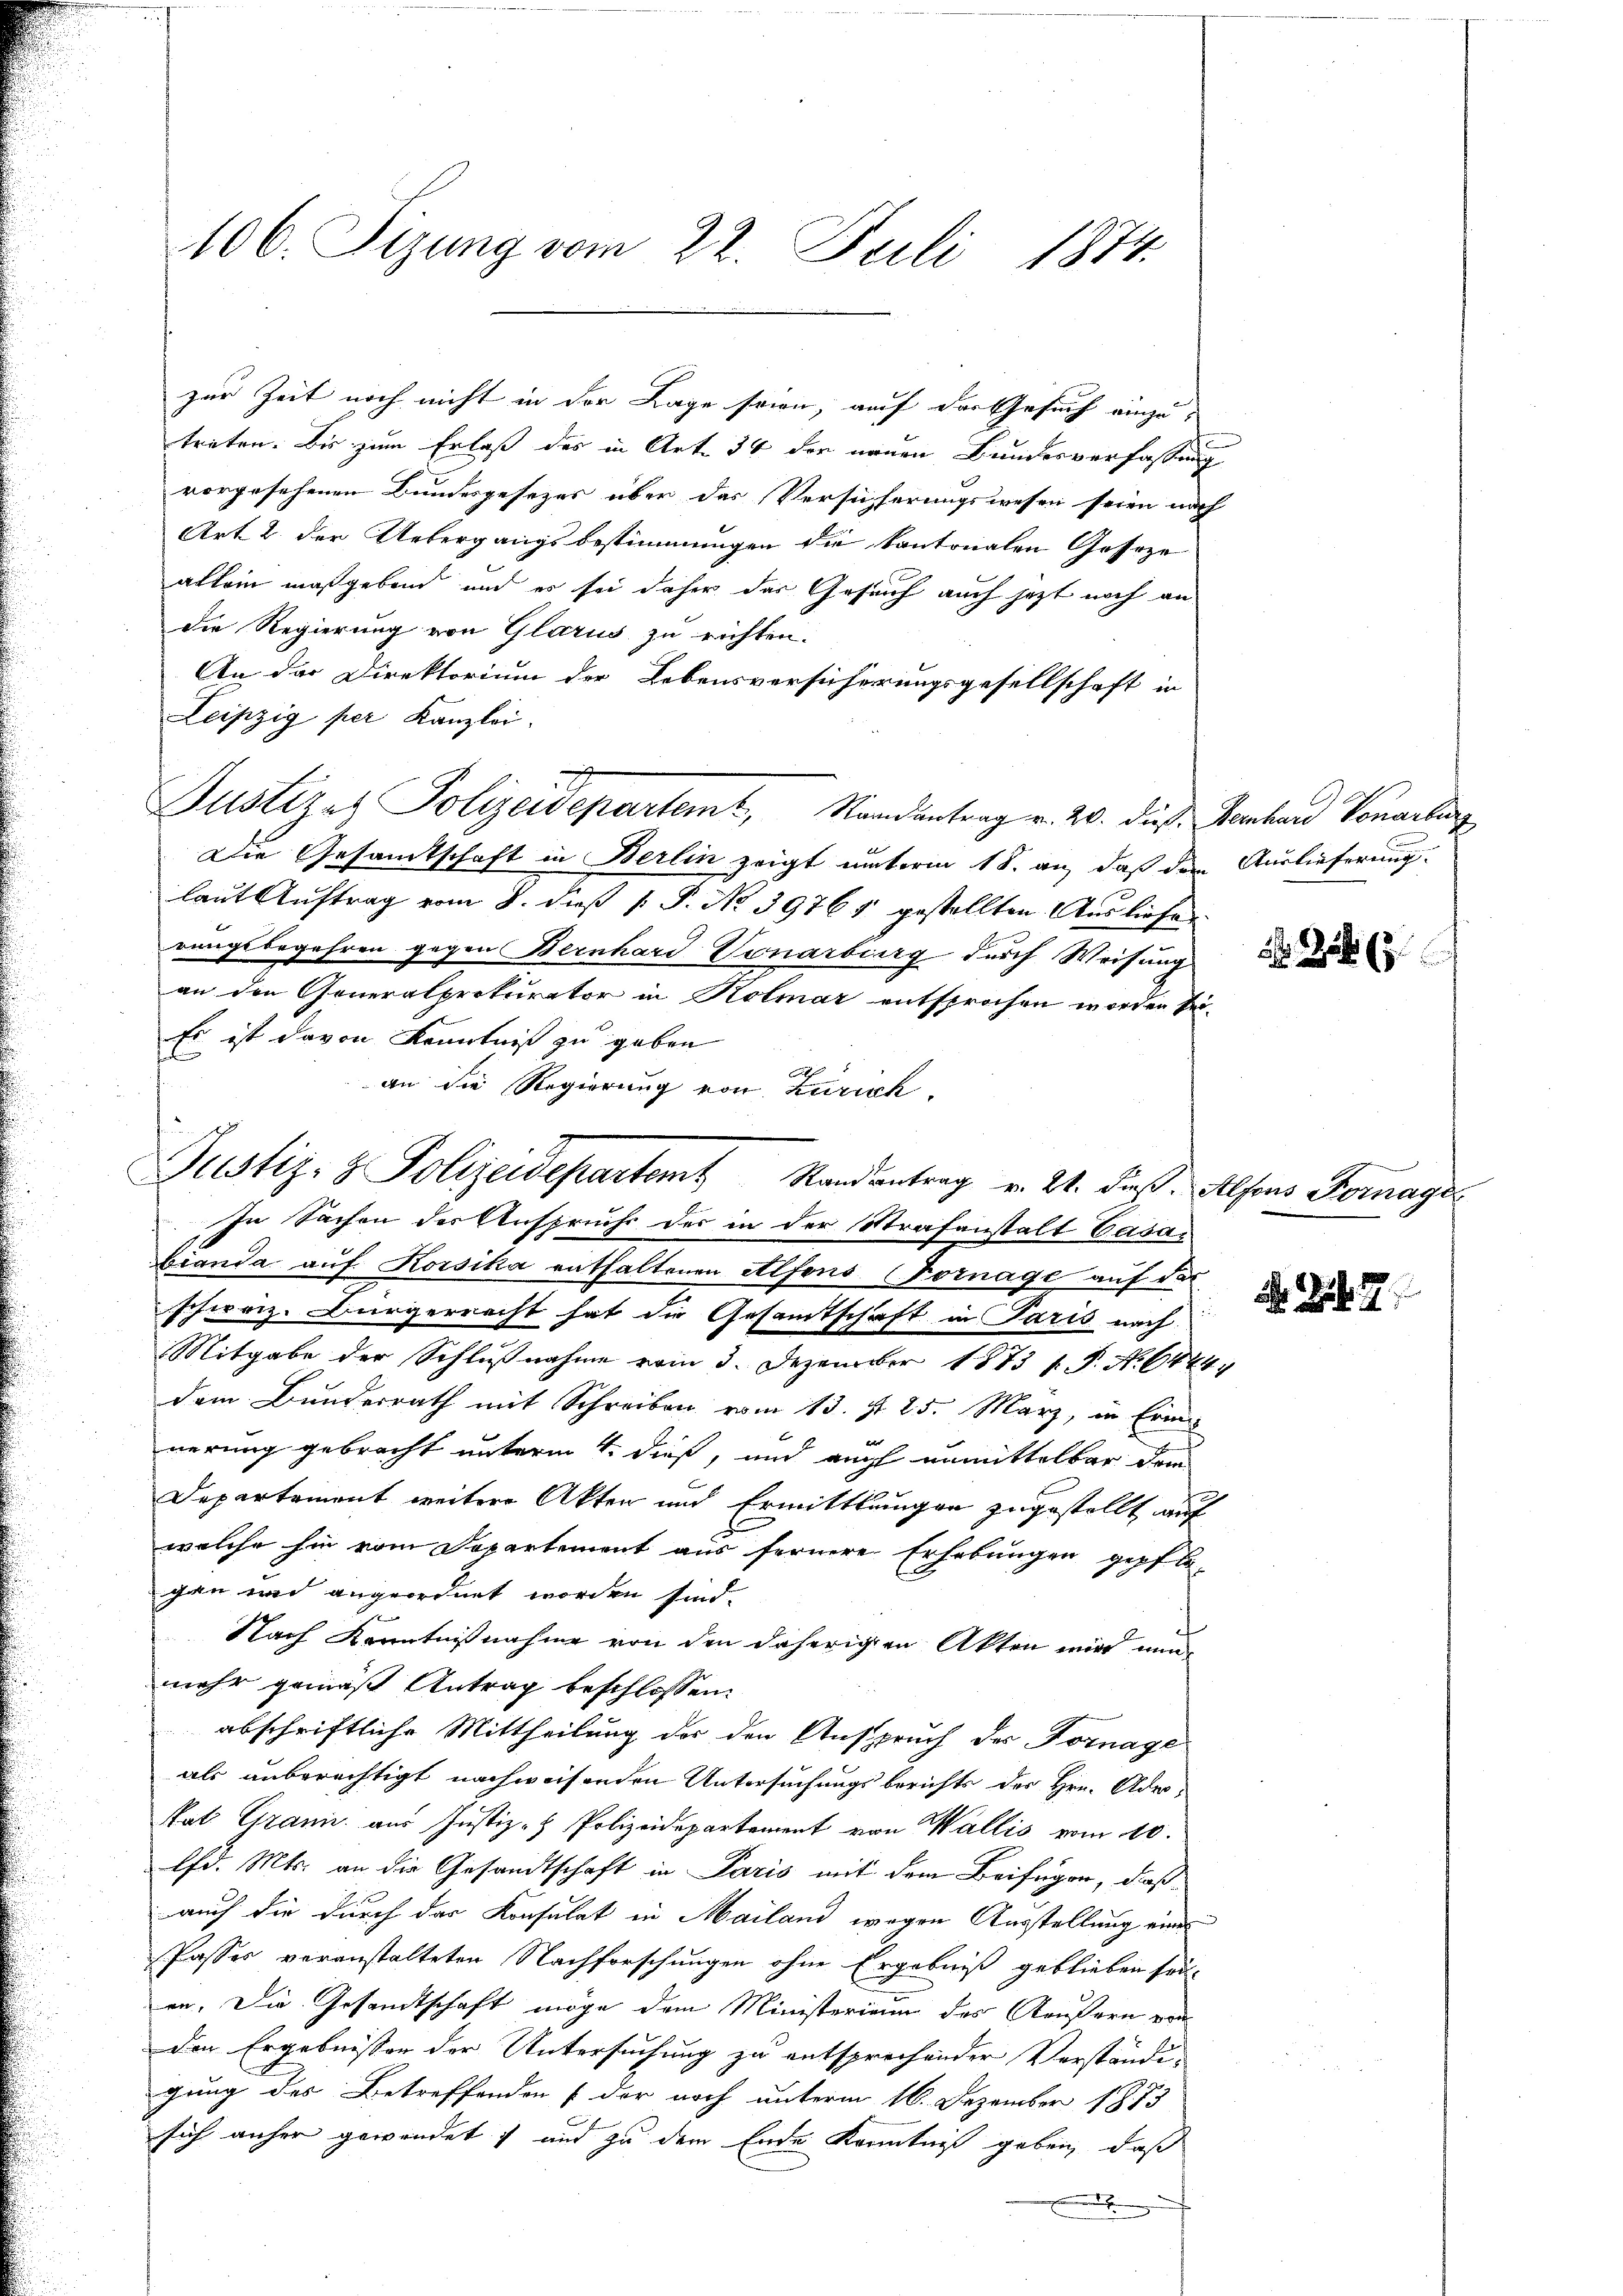
zur Zeit noch nicht in der Lage seien, auf der Gesuch einzu-
treten. Bis zum Erlaß des in Art. 34 der neuen Bundesverfassung
vorgesehenen Bundesgesezes über das Versicherungswesen seien nach
Art. 2 der Uebergangsbestimmungen die kantonalen Geseze
allein maßgebend, und es sei daher das Gesuch auch jetzt noch an
die Regierung von Glarus zu richten.
An der Direktorium der Lebensversicherungsgesellschaft in
Leipzig per Kanzlei.
Justizes Polizeidepartemt, Randantrag v. 20. die Hanhard Vorarling
Die Gesamtschaft in Berlin zeigt unterm 18. an, daß den Auslieferung.
laut Auftrag vom 8. dieß (: P. No. 39761 gestellten Ausliefer
rungsbegehren gegen Bernhard-Vonarburg durch Weisung
an den Generalprokurator in Kolmar entsprochen worden sei-
Es ist davon Kenntniß zu geben
an die Regierung von Zürich.
Justiz- & Polizeidepartem Randantrag v. 21. daß. Alfons Fornagel
bianda auf Korsika enthaltenen Alfons Fornage auf der
schirriz. Bürgerracht hat die Gesamtschaft in Paris nach
Mitgabe der Schlußnahme vom 3. Dezember 1873 s. P. Nr. 6444.
dem Bunderrath mit Schreiben vom 13. d. 25. März, in Erin
nerung gebracht unterm 4. dieß, und auch unmittelbar dem
Departement weitere Akten und Ermittlungen zugestellt auf
welche hin vom Departement aus fernere Erhebungen gepflegan und angeordnet worden sind.
Nach Kenntnißnahme von den daherigen Akten mir nunmehr gemäß Antrag beschlossen:
abschriftliche Mittheilung der den Anspruch des Fornage
als unberechtigt nachweisenden Untersuchungsberichts der Hrn. Ader¬
Rat Grani aus Justiz- & Polizeidepartement von Wallis vom 10.
lfd. Mts. an die Gesandtschaft in Paris mit dem Beifügen, daß
auch die durch das Konsulat in Mailand wegen Ausstellung eine
Passes veranstalteten Nachforschungen ohne Ergebniß geblieben früen. Die Gesandtschaft möge dem Ministerium des Aeußern vor
Den Ergebnissen der Untersuchung zu entsprechender Verständigung des Betreffenden f der noch unterm 16. Dezember 1873
sich anher gewendet, und zu dem Ende Kenntniß geben, daß
x

106. Tizung vom 22. Juli 1874.

In Sachen der Anspruchs der in der Strafanstalt Casan

Zu

7